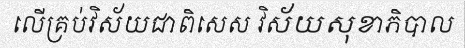
លើគ្រប់វិស័យជាពិសេស វិស័យសុខាភិបាល